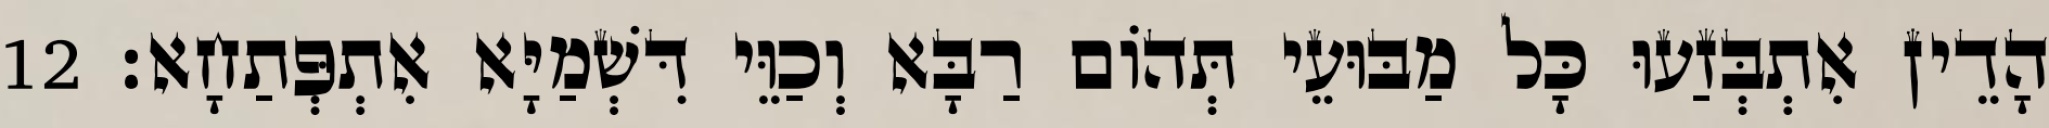
הָדֵין אִתְבְּזַעוּ כָּל מַבּוּעֵי תְּהוֹם רַבָּא וְכַוֵּי דִּשְׁמַיָּא אִתְפְּתַחָא׃ 12